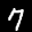
Label: 7